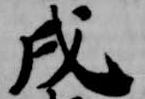
戌